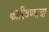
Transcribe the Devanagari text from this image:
कारिवण्याचा